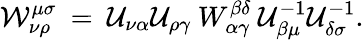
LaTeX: {\cal W}_{\nu\rho}^{\mu\sigma}\: =\: {\cal U}_{\nu\alpha}{\cal U}_{\rho\gamma}\: W_{\alpha\gamma}^{\beta\delta}\: {\cal U}_{\beta\mu}^{-1}{\cal U}_{\delta\sigma}^{-1}.